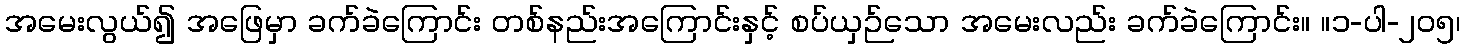
အမေးလွယ်၍ အဖြေမှာ ခက်ခဲကြောင်း တစ်နည်းအကြောင်းနှင့် စပ်ယှဉ်သော အမေးလည်း ခက်ခဲကြောင်း။ ။၁-ပါ-၂၀၅၊